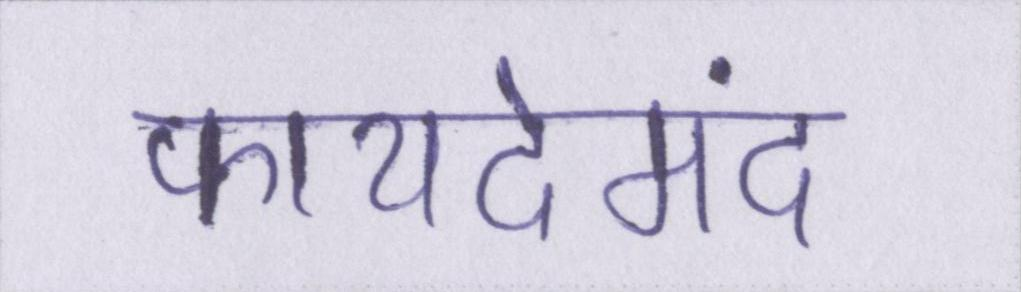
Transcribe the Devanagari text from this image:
फायदेमंद